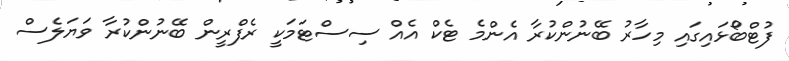
ފުޓްބޯޅައިގައި މިހާރު ބޭނުންކުރާ އެންމެ ޓެކް އެއް ސިސްޓަމަކީ ރެފްރީން ބޭނުންކުރާ ވަޔަލެސް